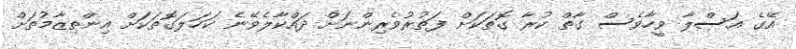
އޭގެ އަސްލާ ވީހާވެސް ގާތް ކުރާ ގޮތަކަށް ފަތުރުވެރިންނަށް ދައްކާލެވޭނެ ކަހަލަގޮތަކަށް އިންތިޒާމުތަށް